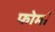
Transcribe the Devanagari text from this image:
फोर्मा